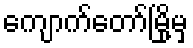
ကျောက်တော်မြို့မှ